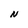
Character: N